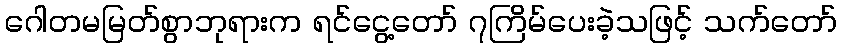
ဂေါတမမြတ်စွာဘုရားက ရင်ငွေ့တော် ၇ကြိမ်ပေးခဲ့သဖြင့် သက်တော်